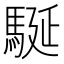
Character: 駳